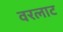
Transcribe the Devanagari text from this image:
वरलाट